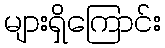
များရှိကြောင်း